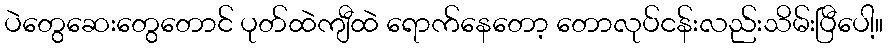
ပဲတွေဆေးတွေတောင် ပုတ်ထဲကျီထဲ ရောက်နေတော့ တောလုပ်ငန်းလည်းသိမ်းပြီပေါ့။